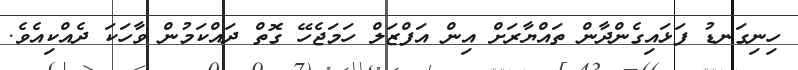
ހިނިގަނޑު ފަޅައިގެންދާން ތައްޔާރަށް އިން އަފްޒަލް ހަމަޖެހޭ ގޮޮތް ދައްކަމުން ވާހަކަ ދެއްކިއެވެ.